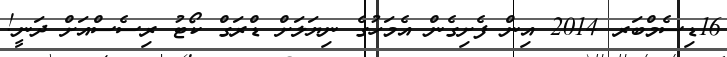
16ޑިސެމްބަރ 2014 އިން ފެށިގެން އެމަހުގެ ނިޔަލަށް ޑްރަގް ކޯޓު ރިސެސްއަށް ދަނީ!